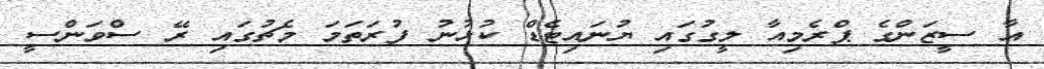
އާ ސީޒަންގެ ޕްރެމިއާ ލީގުގައި ޔުނައިޓެޑް ކުޅުނު ފުރަތަމަ މެޗުގައި ރޭ ސްވަންސީ